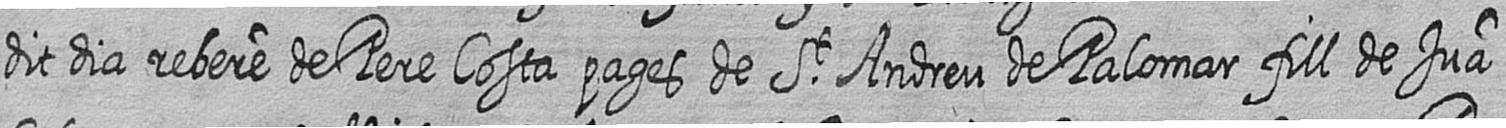
dit dia rebere de Pere Costa pages de St Andreu de Palomar fill de Jua